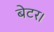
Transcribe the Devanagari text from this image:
बेटर।